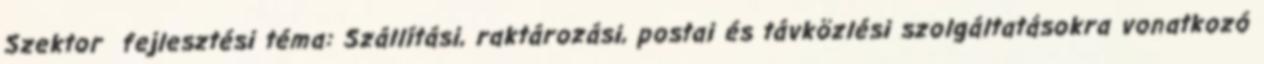
Szektor fejlesztési téma: Szállítási, raktározási, postai és távközlési szolgáltatásokra vonatkozó